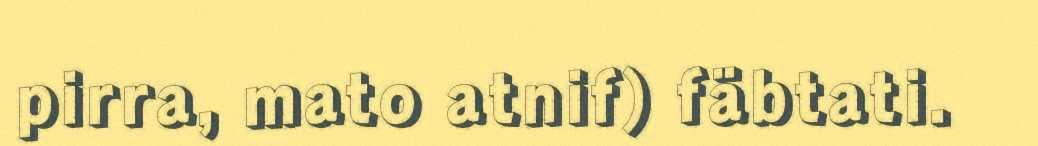
pirra, mato atnif) fäbtati.